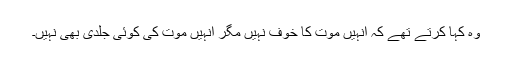
وہ کہا کرتے تھے کہ انہیں موت کا خوف نہیں مگر انہیں موت کی کوئی جلدی بھی نہیں۔